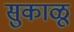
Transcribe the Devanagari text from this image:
सुकाळू